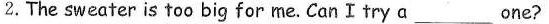
2.The sweater is too big for me.CanItry a \underline{} ___one?